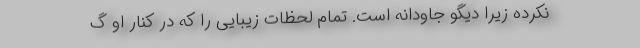
نکرده زیرا دیگو جاودانه است. تمام لحظات زیبایی را که در کنار او گ